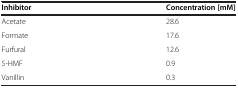
<table><thead><tr><td><b>Inhibitor</b></td><td><b>Concentration [mM]</b></td></tr></thead><tbody><tr><td>Acetate</td><td>28.6</td></tr><tr><td>Formate</td><td>17.6</td></tr><tr><td>Furfural</td><td>12.6</td></tr><tr><td>5-HMF</td><td>0.9</td></tr><tr><td>Vanillin</td><td>0.3</td></tr></tbody></table>